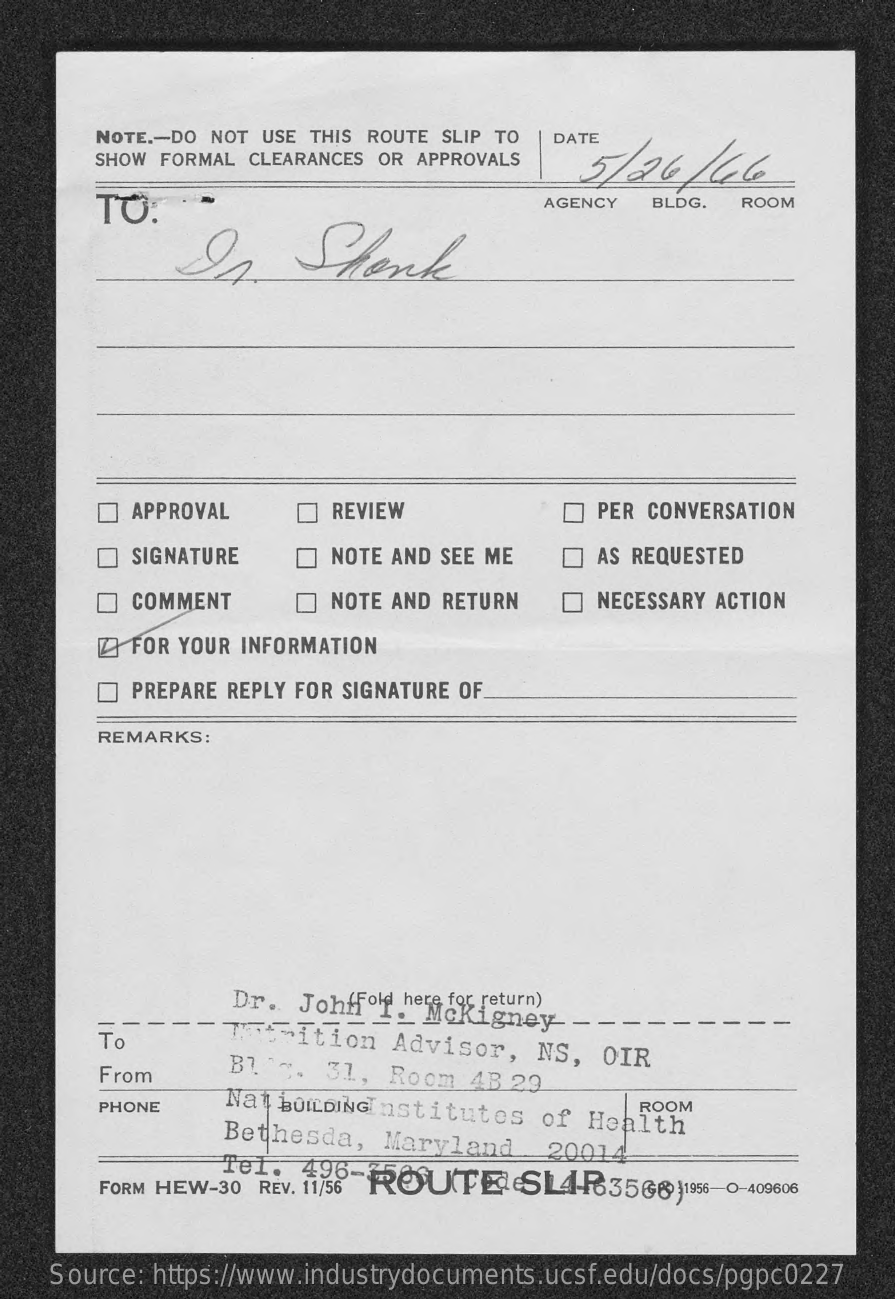
NOTE .- DO NOT USE THIS ROUTE SLIP TO DATE
     SHOW FORMAL CLEARANCES OR APPROVALS 5/26    /66
     TO:    AGENCY  BLDG. ROOM
     Is.    Sterk
     APPROVAL    REVIEW    PER CONVERSATION
     SIGNATURE    NOTE AND SEE ME    AS REQUESTED
     COMMENT    NOTE AND RETURN    NECESSARY ACTION
     FOR YOUR INFORMATION
     PREPARE REPLY FOR SIGNATURE OF
     REMARKS:
     Dr. JohfFold here for return)
     I.  Mckigney   - --
     To    TEtrition   Advisor,   NS,  OIR
     From    Bl5.   31,  Room  4B 29
     PHONE
     Nat BOLDINGInstitutes  of  Health
     ROOM
     Bethesda,   Maryland    20014
     FORM HEW-30 REV. 11/56
    Source: https://www.industrydocuments.ucsf.edu/docs/pgpc0227